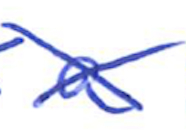
Text: a
Cross-out: cross
Writing tool: ballpoint